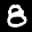
Label: 8